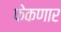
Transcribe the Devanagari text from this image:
फेकणार